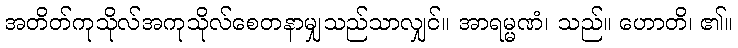
အတိတ်ကုသိုလ်အကုသိုလ်စေတနာမျှသည်သာလျှင်။ အာရမ္မဏံ၊ သည်။ ဟောတိ၊ ၏။